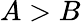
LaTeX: A>B